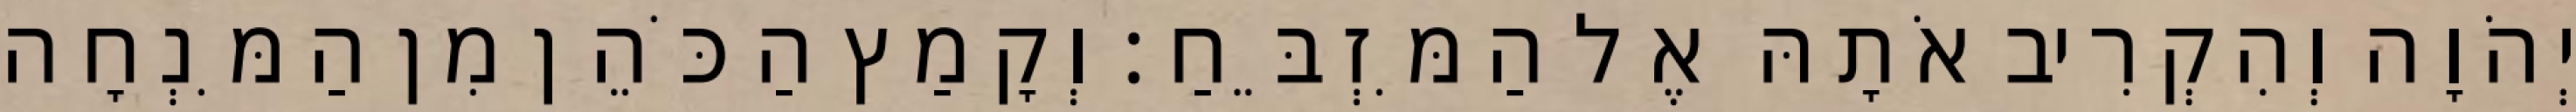
יְהֹוָה וְהִקְרִיב אֹתָהּ אֶל הַמִּזְבֵּחַ׃ וְקָמַץ הַכֹּהֵן מִן הַמִּנְחָה